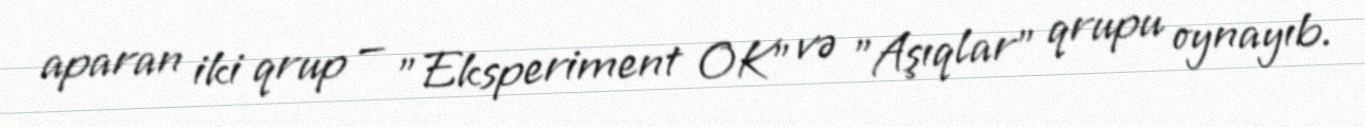
aparan iki qrup — "Eksperiment OK" və "Aşıqlar" qrupu oynayıb.